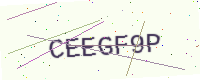
Text: CEEGF9P